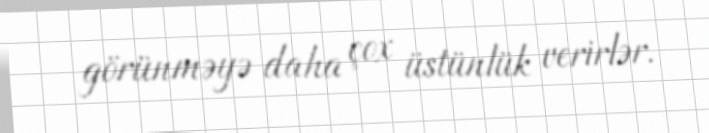
görünməyə daha çox üstünlük verirlər.